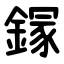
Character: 䥂